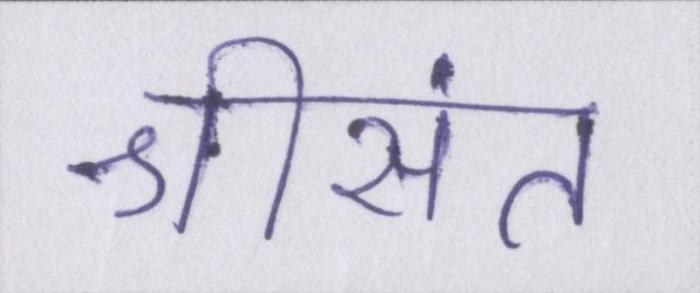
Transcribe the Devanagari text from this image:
श्रीसंत